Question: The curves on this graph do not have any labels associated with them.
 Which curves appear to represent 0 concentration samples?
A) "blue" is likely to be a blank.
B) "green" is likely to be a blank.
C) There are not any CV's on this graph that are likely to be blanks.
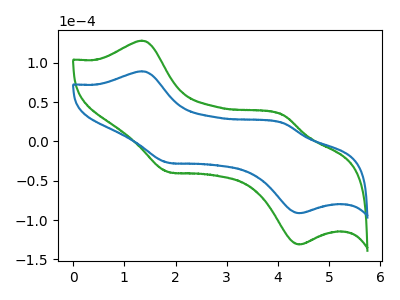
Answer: <think>The green curve "green" has anodic peaks at (1.35V, 128.25uA) (4.10V, 33.60uA) and cathodic peaks at (1.85V, -38.80uA) (4.40V, -131.05uA). The blue curve "blue" has anodic peaks at (1.35V, 89.30uA) (4.10V, 23.40uA) and cathodic peaks at (1.85V, -27.00uA) (4.40V, -91.25uA).</think>
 <answer>C) There are not any CV's on this graph that are likely to be blanks.</answer>
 <eval>C</eval>